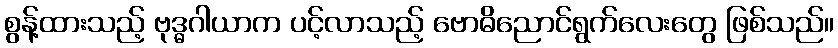
စွန့်ထားသည့် ဗုဒ္ဓဂါယာက ပင့်လာသည့် ဗောဓိညောင်ရွက်လေးတွေ ဖြစ်သည်။